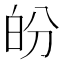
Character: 𤽉